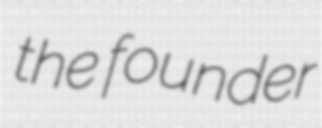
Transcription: the founder